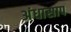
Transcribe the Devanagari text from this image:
अंधासाप